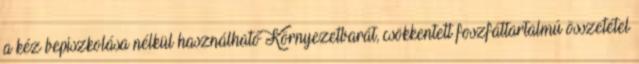
a kéz bepiszkolása nélkül használható Környezetbarát, csökkentett foszfáttartalmú összetétel